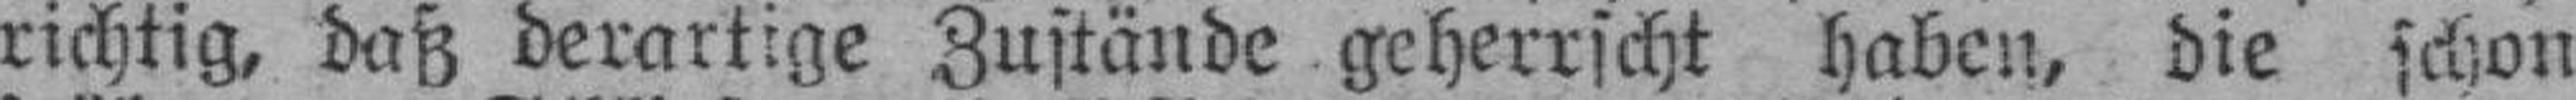
richtig, daß derartige Zustände geherrscht haben, die schon